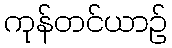
ကုန်တင်ယာဉ်